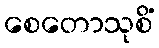
စေတောသုစိံ